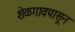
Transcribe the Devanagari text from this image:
शेळगावपासून